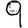
Digit: 9